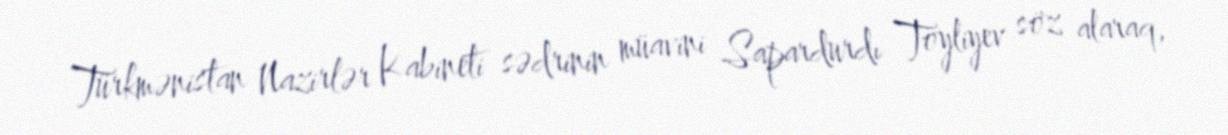
Türkmənistan Nazirlər Kabineti sədrinin müavini Sapardurdı Toyliyev söz alaraq,